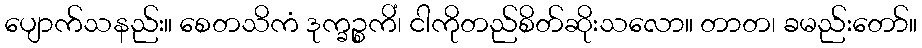
ပျောက်သနည်း။ စေတသိကံ ဒုက္ခဉ္စကိံ၊ ငါကိုတည်စိတ်ဆိုးသလော။ တာတ၊ ခမည်းတော်။